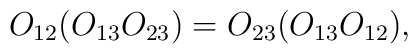
O_{12}(O_{13}O_{23})=O_{23}(O_{13}O_{12}),